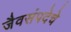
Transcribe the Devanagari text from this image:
जैवसंपदेचे